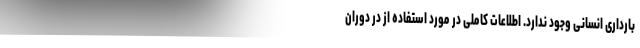
بارداری انسانی وجود ندارد. اطلاعات کاملی در مورد استفاده از در دوران